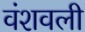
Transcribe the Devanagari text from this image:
वंशवली